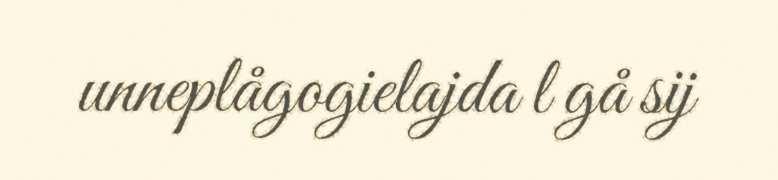
unneplågogielajda l gå sij